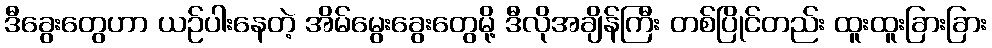
ဒီခွေးတွေဟာ ယဉ်ပါးနေတဲ့ အိမ်မွေးခွေးတွေမို့ ဒီလိုအချိန်ကြီး တစ်ပြိုင်တည်း ထူးထူးခြားခြား